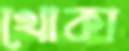
খোকা